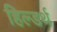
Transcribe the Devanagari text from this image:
हिल्डर्थ